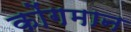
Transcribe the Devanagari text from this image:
कोंगमान